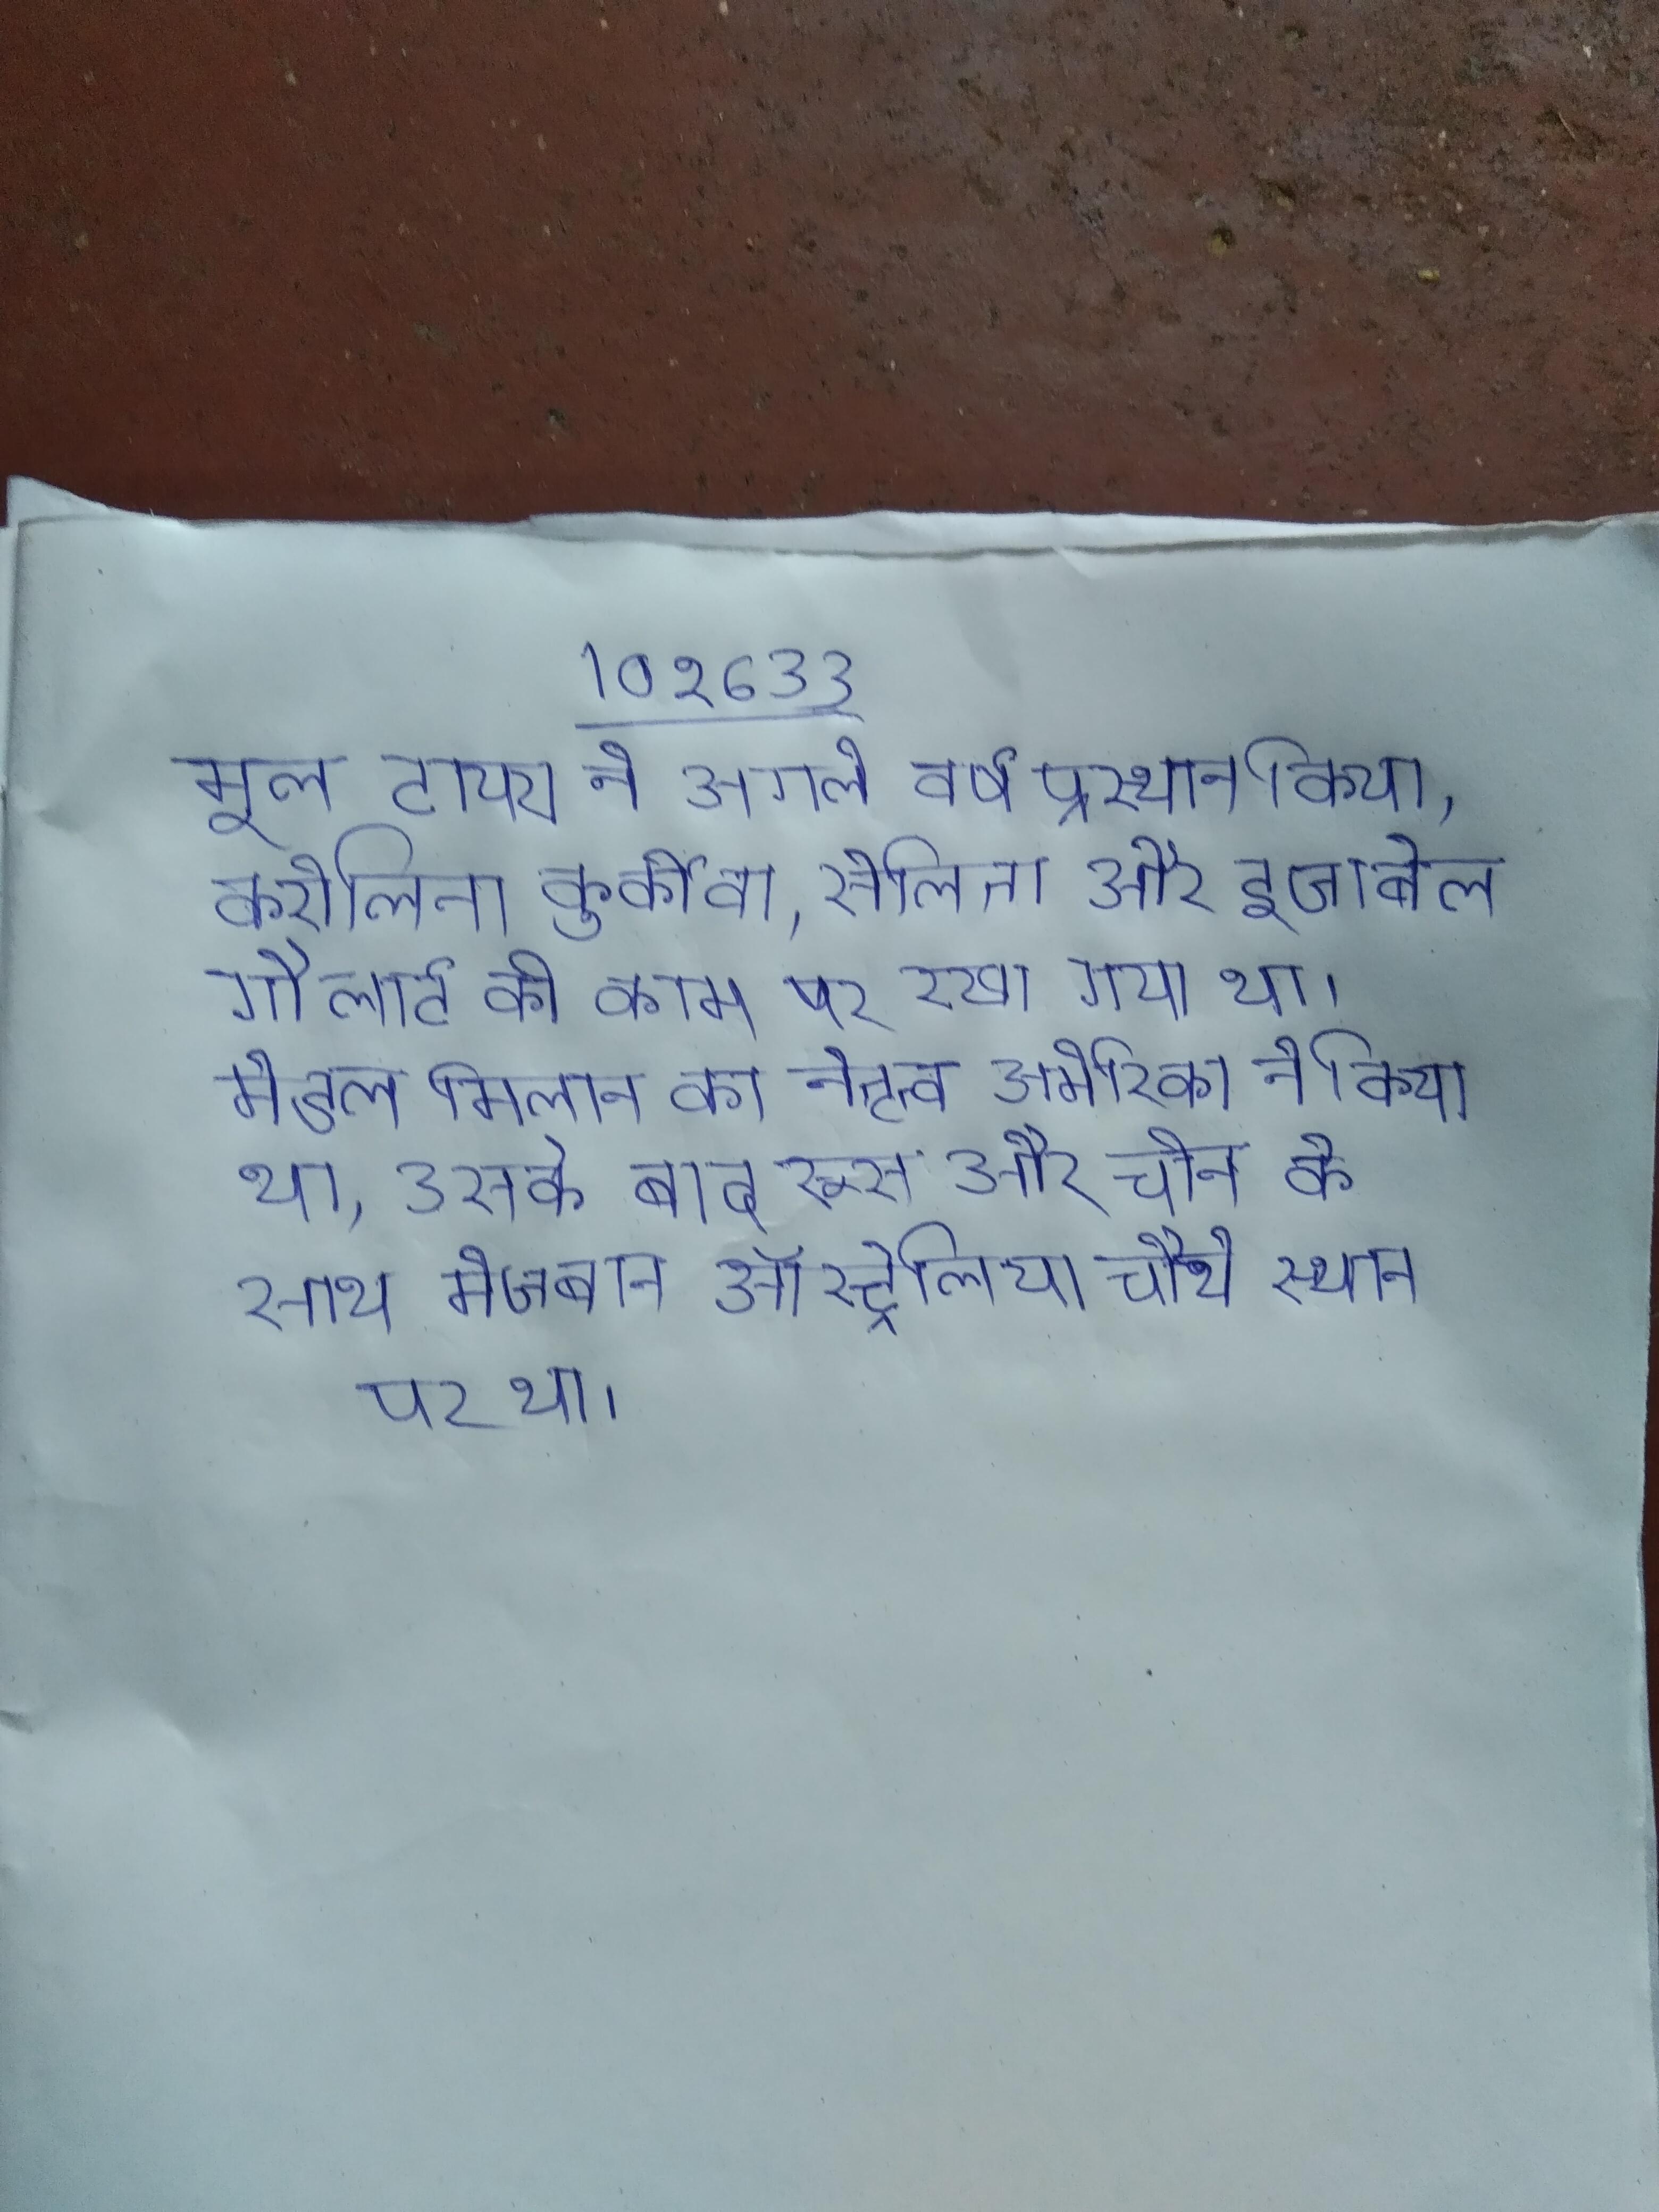
मूल टायरा ने अगले वर्ष प्रस्थान किया, करोलिना कुर्कोवा, सेलिता और इजाबेल गौलार्ट को काम पर रखा गया था । मेडल मिलान का नेतृत्व अमेरिका ने किया था, उसके बाद रूस और चीन के साथ मेजबान ऑस्ट्रेलिया चौथे स्थान पर था ।